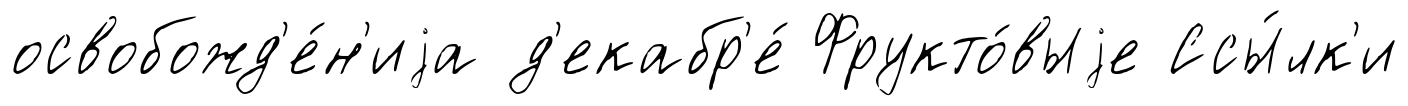
освобожд'е́н'иjа д'екабр'е́ Фрукто́выjе Ссы́лк'и